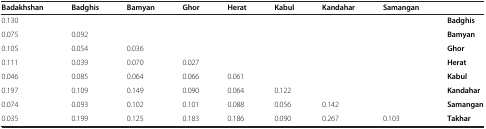
<table><thead><tr><td><b>Badakhshan</b></td><td><b>Badghis</b></td><td><b>Bamyan</b></td><td><b>Ghor</b></td><td><b>Herat</b></td><td><b>Kabul</b></td><td><b>Kandahar</b></td><td><b>Samangan</b></td><td></td></tr></thead><tbody><tr><td>0.130</td><td></td><td></td><td></td><td></td><td></td><td></td><td></td><td><b>Badghis</b></td></tr><tr><td>0.075</td><td>0.092</td><td></td><td></td><td></td><td></td><td></td><td></td><td><b>Bamyan</b></td></tr><tr><td>0.105</td><td>0.054</td><td>0.036</td><td></td><td></td><td></td><td></td><td></td><td><b>Ghor</b></td></tr><tr><td>0.111</td><td>0.039</td><td>0.070</td><td>0.027</td><td></td><td></td><td></td><td></td><td><b>Herat</b></td></tr><tr><td>0.046</td><td>0.085</td><td>0.064</td><td>0.066</td><td>0.061</td><td></td><td></td><td></td><td><b>Kabul</b></td></tr><tr><td>0.197</td><td>0.109</td><td>0.149</td><td>0.090</td><td>0.064</td><td>0.122</td><td></td><td></td><td><b>Kandahar</b></td></tr><tr><td>0.074</td><td>0.093</td><td>0.102</td><td>0.101</td><td>0.088</td><td>0.056</td><td>0.142</td><td></td><td><b>Samangan</b></td></tr><tr><td>0.035</td><td>0.199</td><td>0.125</td><td>0.183</td><td>0.186</td><td>0.090</td><td>0.267</td><td>0.103</td><td><b>Takhar</b></td></tr></tbody></table>